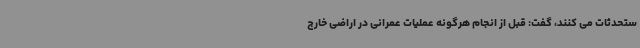
ستحدثات می کنند، گفت: قبل از انجام هرگونه عملیات عمرانی در اراضی خارج